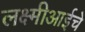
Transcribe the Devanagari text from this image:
लक्ष्मीआईचे